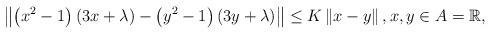
LaTeX: \begin{align*}\left\| \left(x^2-1\right)\left(3x+\lambda\right) - \left(y^2-1\right)\left(3y+\lambda\right) \right\| \leq K \left\| x - y \right\|, x ,y \in A = \mathbb{R},\end{align*}